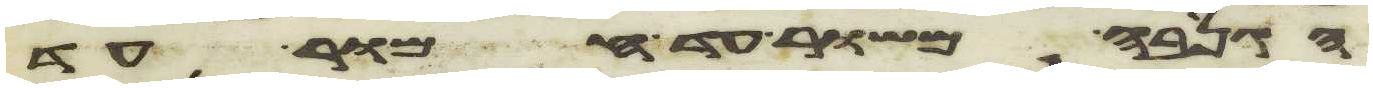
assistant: הגנבה משור עד חמור עד